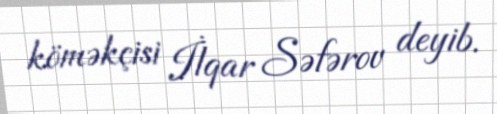
köməkçisi İlqar Səfərov deyib.